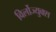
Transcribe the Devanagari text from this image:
विर्लोज्युक्स